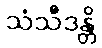
သံသီဒန္တိ